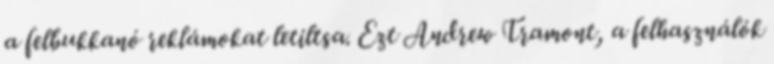
a felbukkanó reklámokat letiltsa. Ezt Andrew Tramont, a felhasználók